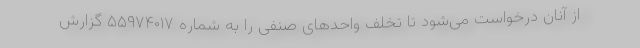
از آنان درخواست می‌شود تا تخلف واحدهای صنفی را به شماره ۵۵۹۷۴۰۱۷ گزارش